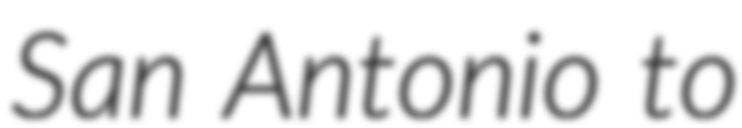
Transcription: San Antonio to